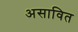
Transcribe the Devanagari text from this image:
असावित